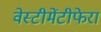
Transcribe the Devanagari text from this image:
वेस्टीमेंटीफेरा